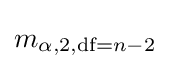
m_{\alpha ,2,{\text{df}}=n-2}